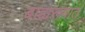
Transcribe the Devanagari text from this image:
बाह्यरूपात